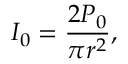
I _ { 0 } = \frac { 2 P _ { 0 } } { \pi r ^ { 2 } } ,